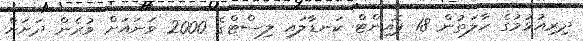
ދިރިއުޅުމުގެ ހާލަތުން 18 ޕޮއިންޓް ކަނޑާލައި ލިސްޓްގެ 2000 ވަނައަށް ވުރެން ދަށަށް